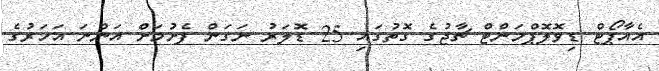
އެއާޕޯޓް ޑިވޮލޮޕްމަންޓް ޗާޖުގެ ގޮތުގައި 25 ޑޮލަރު ނަގަން ފެށުމަށް އަންނަ އަހަރުގެ